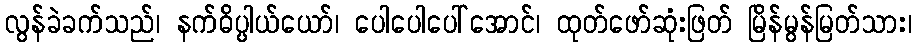
လွန်ခဲခက်သည်၊ နက်ဓိပ္ပါယ်ယော်၊ ပေါပေါပေါ်အောင်၊ ထုတ်ဖော်ဆုံးဖြတ် မြိန်မွန်မြတ်သား၊